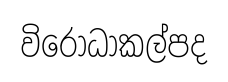
විරෝධාකල්පද